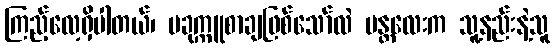
ကြည့်လေ့ရှိပါတယ်၊ ပခုက္ကူစာချဖြစ်သော်လဲ မန္တလေးက သူ့နည်းနဲ့သူ